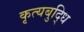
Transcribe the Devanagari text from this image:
कृत्यबुद्धि